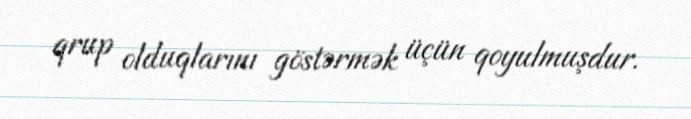
qrup olduqlarını göstərmək üçün qoyulmuşdur.